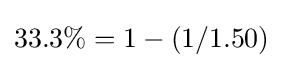
33.3\%=1-(1/1.50)